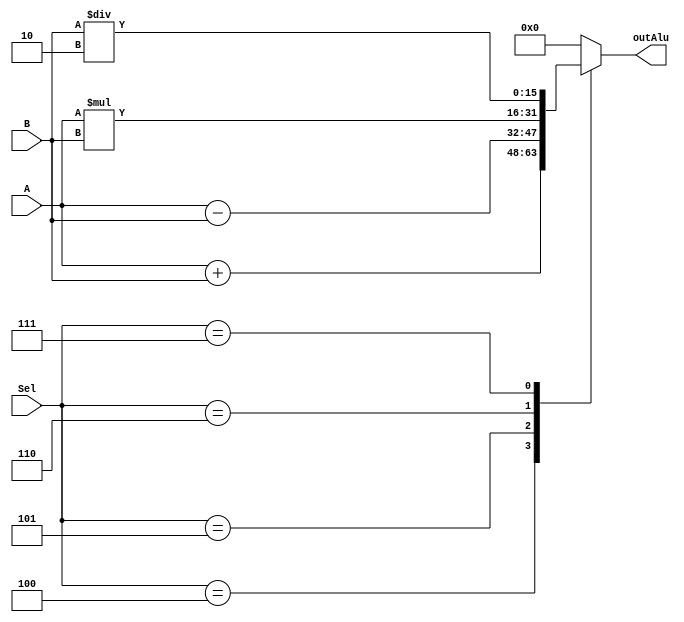
`timescale 1ns / 1ps

//Module for ALU
module Alu (outAlu,A,B,Sel);
    
    //Input A will be 4 bits
    input [3: 0] A;
    //input B will be 16 bits becuase the ACC Register 
    input [15:0] B;
    //This is the input from OpReg
    input [2: 0] Sel;
    //output will be 16 bits because one input is 16 bits
    output [15: 0] outAlu;
    
    //register the output
    reg [15: 0] outAlu;
    
    
    //fire only when the input A changes
always @ (A)
    begin
        case (Sel)
        3'b100: outAlu = A + B ;    //Plus 
        3'b101: outAlu = A - B ;    //Minus
        3'b110: outAlu = A * B;     //Times
        3'b111: outAlu = B/ 3'b010; //Divide (Only between 2)
        default: outAlu = 0;        //if load another opReg       
        endcase
    end
    
endmodule